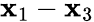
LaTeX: \mathbf{x}_{1}-\mathbf{x}_{3}